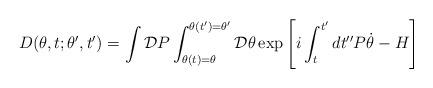
LaTeX: \begin{align*}D(\theta,t;\theta',t')=\int{\cal D}P\int_{\theta(t)=\theta}^{\theta(t')=\theta'} {\cal D}\theta\exp\left[i\int_{t}^{t'}dt'' P\dot{\theta}-H\right]\end{align*}